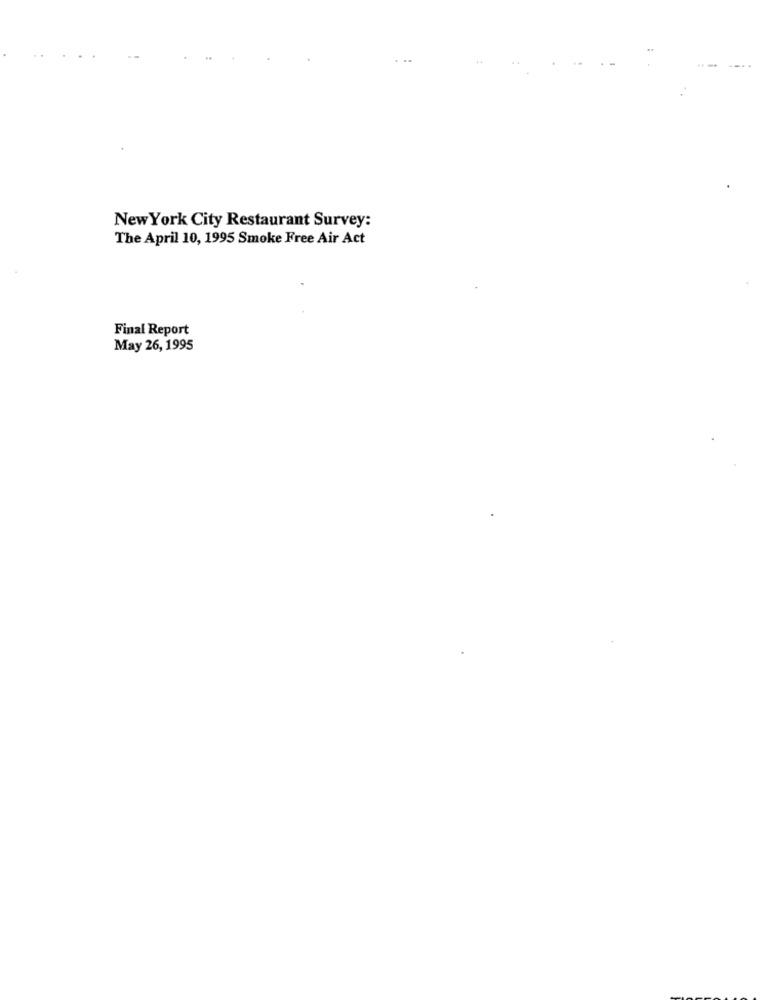
New York City Restaurant Survey:
The April 10, 1995 Smoke Free Air Act
Final Report
May 26, 1995